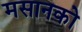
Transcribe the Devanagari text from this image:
मसानको